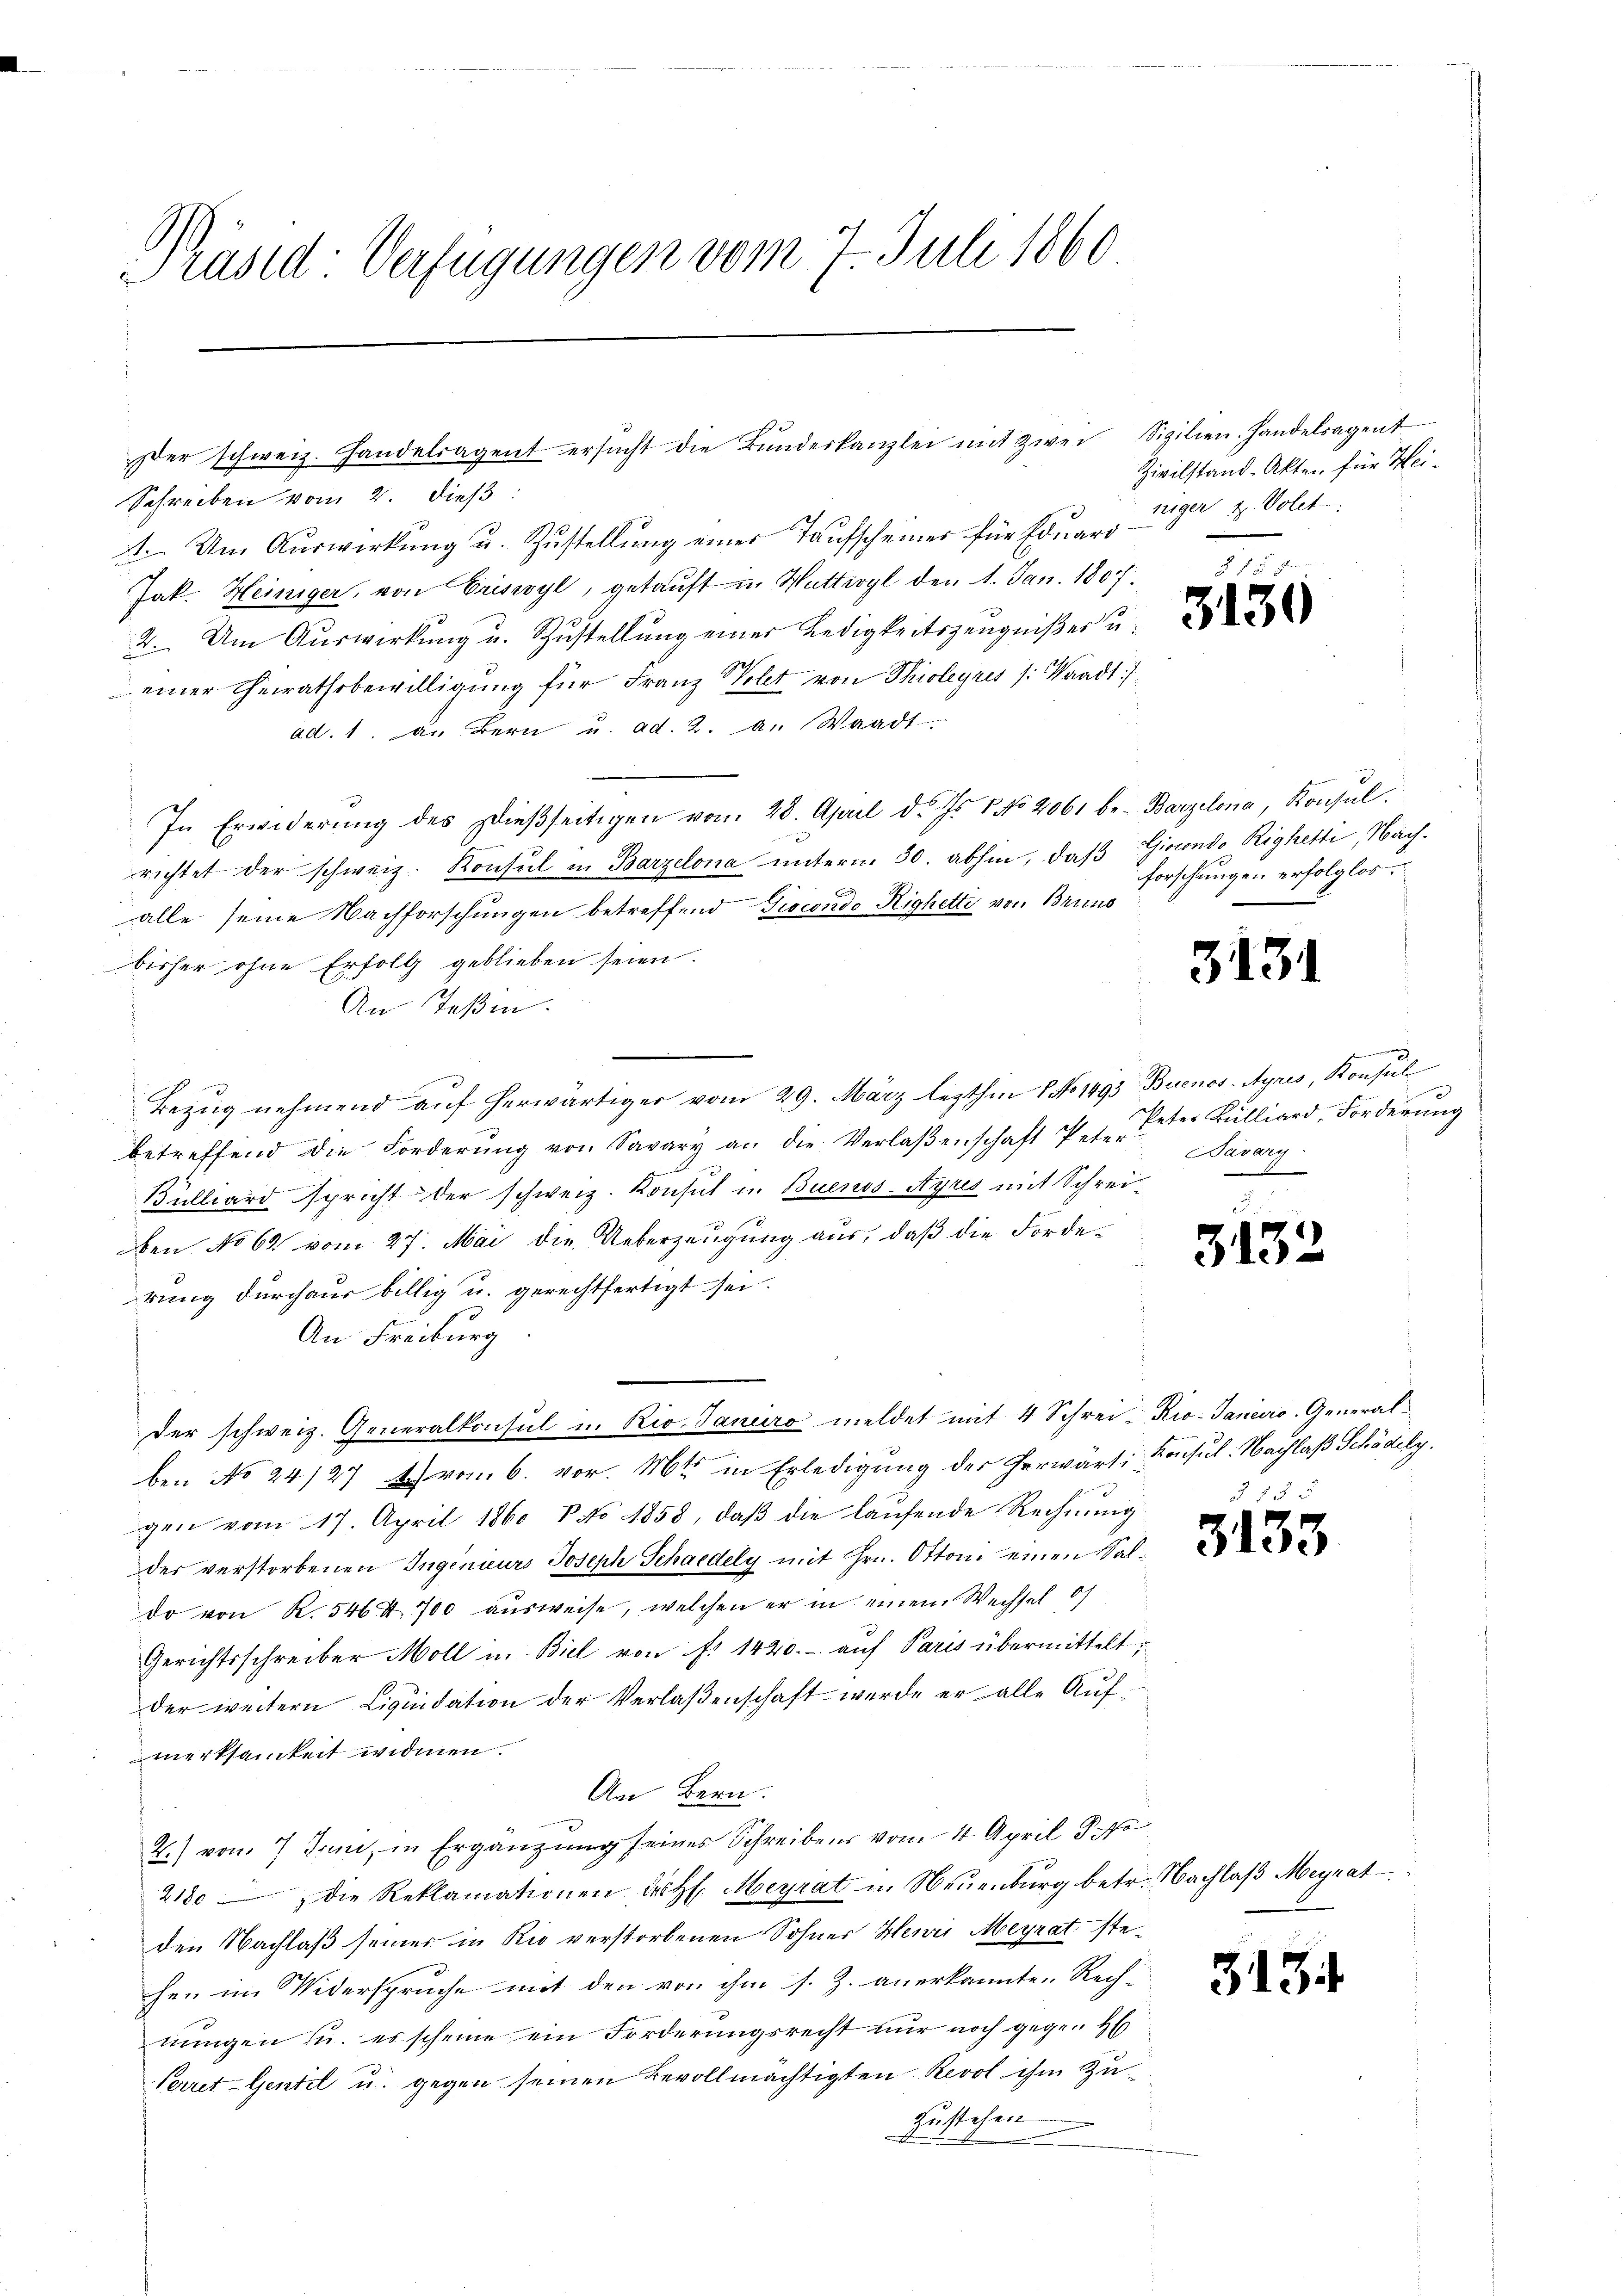
Präsid: Verfügungen vom 7. Juli 1860

Schreiben vom 2. dieß:
4. Um Auswirkung u. Zustellung einer Taufscheines für Eduard
Jak. Heiniger, von Criswyl, getauft in Wattwyl den 1. Jan. 1807.
2. Um Aŭswirkung u. Zustellŭng einer Ledigkeitszeŭgniβer u.
einer Gerathsbewilligung für Franz Wolet von Thioleyres /: Waadt)
ad. 1. d. Bern u. ad. 2. a. Waadt
In Erwiderung des Dießseitigen vom 28. April d. Js. 1. No 2061 be- Barzelona, Konsul
richtet der schweiz. Konsul in Barzelona unterm 30. abhin, daß Girendo Righetti, Nachalle seine Nachforschungen betreffend Procende Righetti von Bruns
bisher ohne Erfolg geblieben seien.
An Teßin.
Bezug nehmend aŭf herwärtiger vom 29. März lezthin 1 No 1493 Buenos-Ayres, Konsul
betreffend die Forderung von Savary an die Verlaßenschaft Peter Bulliard, Forderung
Büllward spricht der schweiz. Konsul in Buenos-Ayres mit Schreiben No 62 vom 27. Mai die Ueberzeugung aus, daß die Forderung durchaus billig u. gerechtfertigt sei.
An Freiburg
der schweiz. Generalkonsul in Rio. Januro meldet mit 4 Schrei-Kio-Janeiro Generalben No 24/27 Arob. vor. Mts. in Erledigung der herwärti Konsul. Nachlaß Schödely.
gen vom 17. April 1860 V No 1858, daβ die laŭfende Rechnŭng
der verstorbenen Ingenieurs Joseph Schaedely mit Hrn. Ottoni einen Saldo von K. 546 x 700 ausweise, welchen er in einem Wechsel of
Gerichtsschreiber Moll in Biel von f. 1420.- auf Paris übermittelt:
der weitern Liqŭidation der Verlaßenschaft werde er alle Aufmerksamkeit widmen.
An Bern.
4.) von 7 Jun, in Ergänzung seines Schreibens vom 4. April 8. No
2180 die Reklamationen des H. Meyrat in Neuenburg betr. Nachlaβ Meyrat
den Nachlaß seiner in Rio verstorbenen Sohner Henri Meyrat stehen im Widerspruche mit den von ihm s. Z. anerkannte Rech-
nŭngen u. es scheine ein Forderungsrecht nur noch gegen H
Perret-Gentel u. gegen seinen Bevollmächtigten Revol ihm zuzustehen

Der schweiz. Handelsagent ersŭcht die Bŭndeskanzlei mit zwei Sizilien. Handelsagent

Zivilstand. Akten für Heiniger z. Polet

forschungen erfolglos.

31

.
Bavary
4

313

§ 15
3133

3134